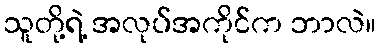
သူတို့ရဲ့ အလုပ်အကိုင်က ဘာလဲ။